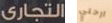
التجارى ارحلي